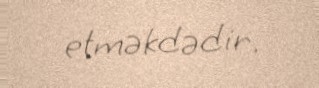
etməkdədir.